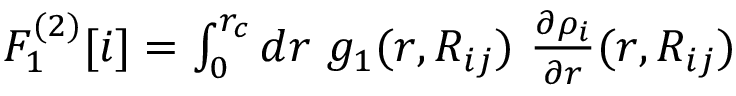
\begin{array} { r } { F _ { 1 } ^ { ( 2 ) } [ i ] = \int _ { 0 } ^ { r _ { c } } d r ~ g _ { 1 } ( r , R _ { i j } ) ~ \frac { \partial \rho _ { i } } { \partial r } ( r , R _ { i j } ) } \end{array}